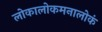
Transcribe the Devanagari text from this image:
लोकालोकमनालोकं